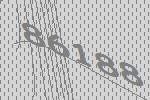
86188